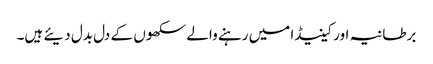
برطانیہ اور کینیڈا میں رہنے والے سکھوں کے دل بدل دیئے ہیں۔